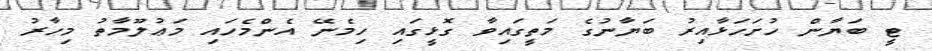
ޓީ ބަޔާން ހުށަހަޅާއިރު ބަޔާނުގެ މަތީގައިވާ ގޮޅީގައި ހިމެނޭ އެންމެހައި މަޢުލޫމާތު މިހާރު